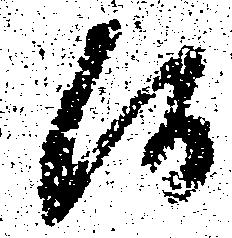
候